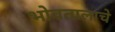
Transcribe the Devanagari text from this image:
भोवतालाचे